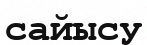
сайысу